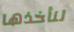
لنأخذها